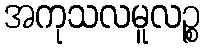
အကုသလမူလဉ္စ